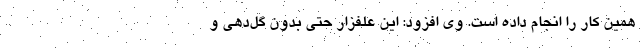
همین کار را انجام داده است. وی افزود: این علفزار حتی بدون گل‌دهی و